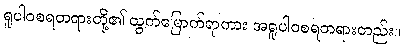
ရူပါဝစရတရားတို့၏ ထွက်မြောက်ရာကား အရူပါဝစရတရားတည်း။